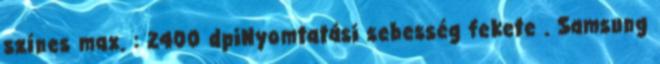
színes max. : 2400 dpiNyomtatási sebesség fekete . Samsung